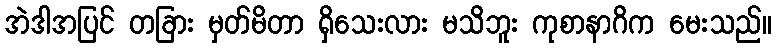
အဲဒါအပြင် တခြား မှတ်မိတာ ရှိသေးလား မသိဘူး ကုစာနာဂိက မေးသည်။